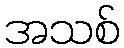
အသစ်